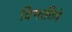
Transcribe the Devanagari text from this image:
विभक्तीचे